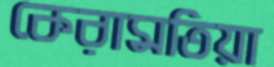
কেরামতিয়া